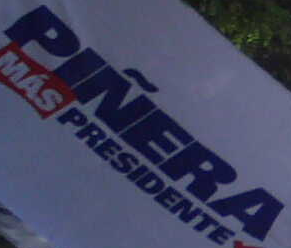
PINERA